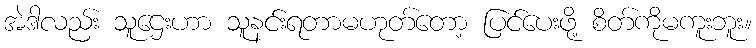
အဲဒါလည်း သူဌေးဟာ သူနင်းရတာမဟုတ်တော့ ပြင်ပေးဖို့ စိတ်ကိုမကူးဘူး။